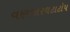
વણજારઘટાટોપ